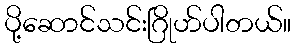
ပို့ဆောင်သင်းဂြိုဟ်ပါတယ်။